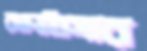
রক্তাতিসার